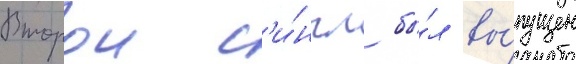
Второи с'и́нгл бы́л вы́пущен